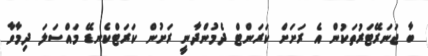
ބާ ޖަނަރޭޓަރުތަކުން އެ ރަށަށް ކަރަންޓް ދެމުންދާނީ ރަށުން ކަރަޓްކެނޑޭ މައްސަލަ ދިމާވާ